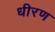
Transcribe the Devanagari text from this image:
धीरण